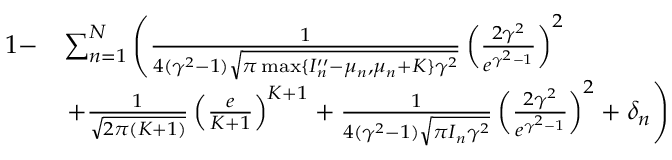
\begin{array} { r l } { 1 - } & { \sum _ { n = 1 } ^ { N } \left( \frac { 1 } { 4 ( \gamma ^ { 2 } - 1 ) \sqrt { \pi \operatorname* { m a x } \{ I _ { n } ^ { \prime \prime } - \mu _ { n } , \mu _ { n } + K \} \gamma ^ { 2 } } } \left( \frac { 2 \gamma ^ { 2 } } { e ^ { \gamma ^ { 2 } - 1 } } \right) ^ { 2 } \right. } \\ & { \left. + \frac { 1 } { \sqrt { 2 \pi ( K + 1 ) } } \left( \frac { e } { K + 1 } \right) ^ { K + 1 } + \frac { 1 } { 4 ( \gamma ^ { 2 } - 1 ) \sqrt { \pi I _ { n } \gamma ^ { 2 } } } \left( \frac { 2 \gamma ^ { 2 } } { e ^ { \gamma ^ { 2 } - 1 } } \right) ^ { 2 } + \delta _ { n } \right) } \end{array}